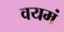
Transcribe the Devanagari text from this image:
वयमं